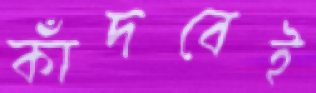
কাঁদবেই